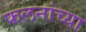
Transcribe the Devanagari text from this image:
फलनांच्या